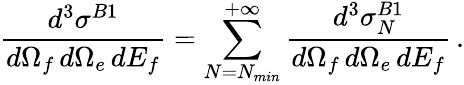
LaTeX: \frac{d^{3}{\sigma}^{B1}}{d\Omega_{f}\, d\Omega_{e}\, dE_{f}}=\sum_{N=N_{min}}^{+\infty}\frac{d^{3}{\sigma}_{N}^{B1}}{d\Omega_{f}\, d\Omega_{e}\, dE_{f}}\, .